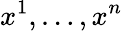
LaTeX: x^{1},\ldots,x^{n}